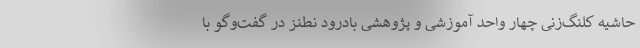
حاشیه کلنگ‌زنی چهار واحد آموزشی و پژوهشی بادرود نطنز در گفت‌وگو با